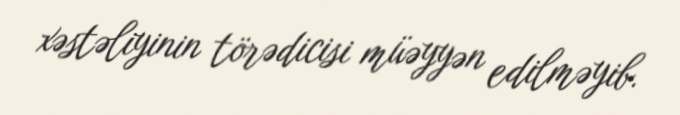
xəstəliyinin törədicisi müəyyən edilməyib.